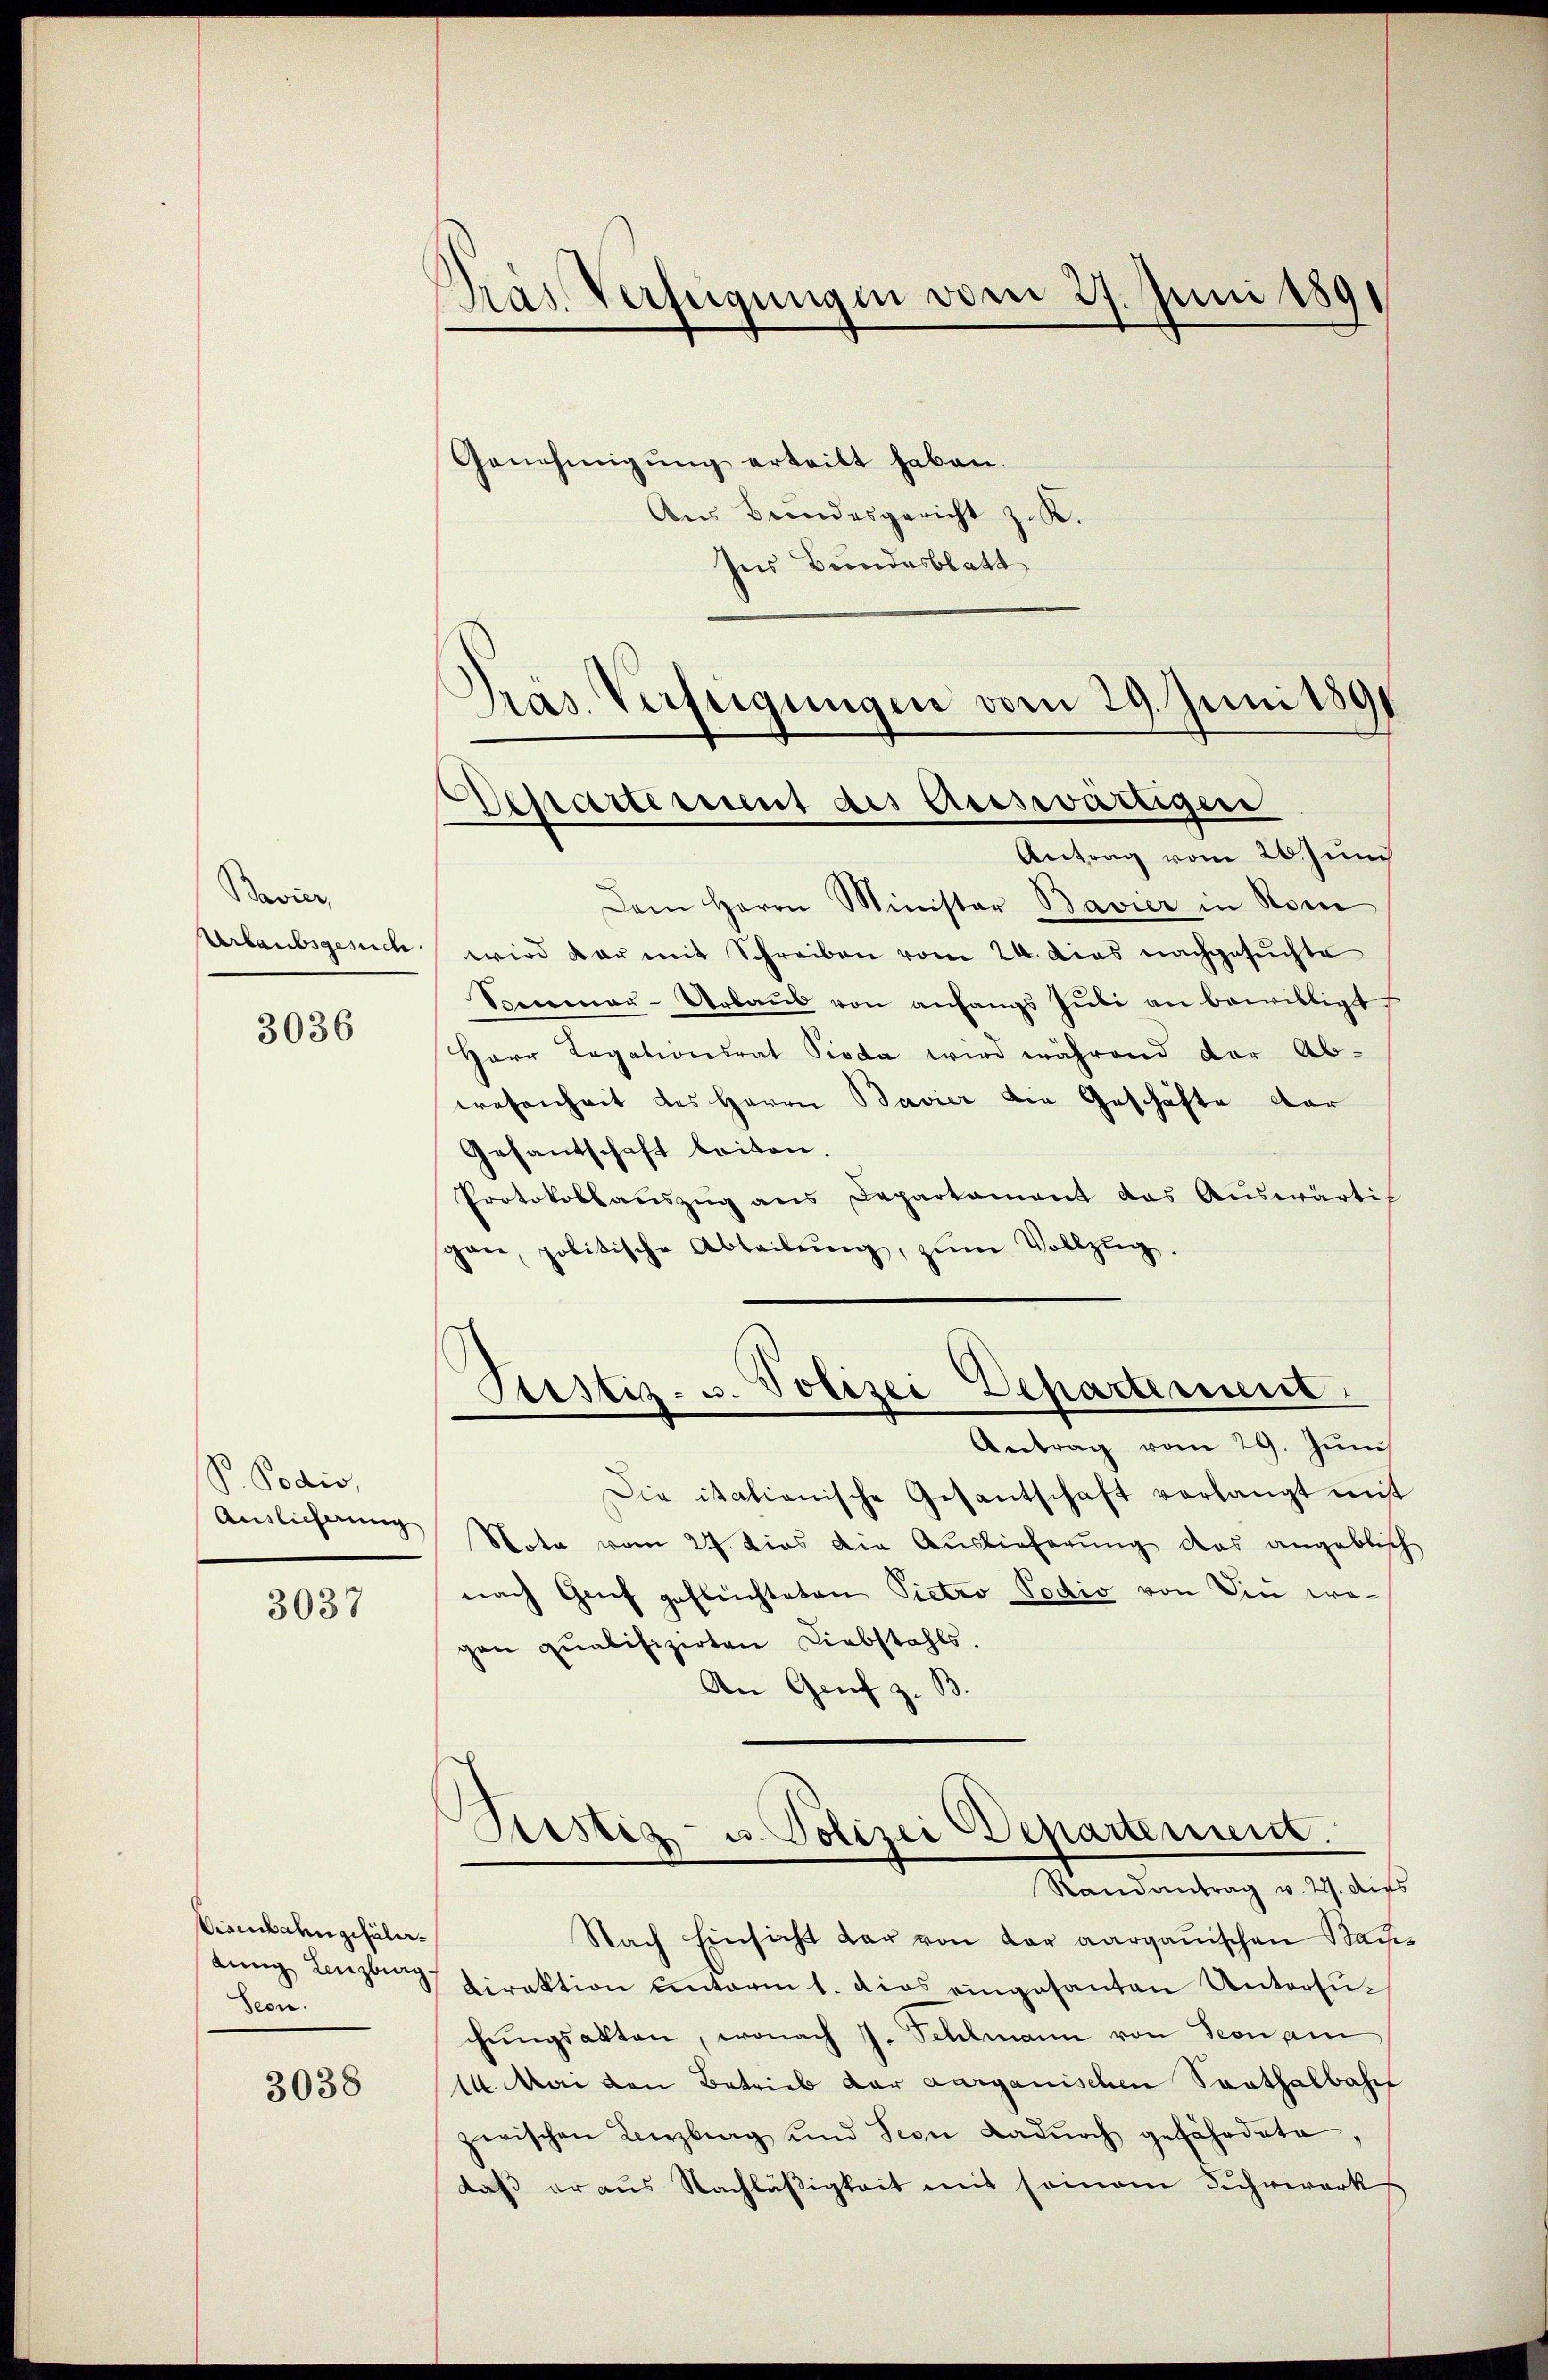
Bavier,
Urlaubsgesuch

3036

P. Podio,
Auslicherung

3037

Visenbahngefülerdung Lenzburg
Seon.

3038

Pras Verfügungen vom 27. Juni 189

Genehmigŭng erteilt haben.
Ans Bundesgericht z. K.
Ins Bundesblatt
Pras. Verfügungen vom 29. Juni 1891

Departement des Eineswärtiger
Antrag vom 26. und

d
Astiz- u. Polizei Departerint

Dem Herrn Minister Bavier in Rom
wird dar mit Schreiben vom 24. Dies nachgesuchte
Spenmar-Urbaŭs von anfangs Jŭli an bewilligt
Herr Rogationsrat Pioda wird während der Ab-
wesenheit des Herrn Bavier die Geschäfte dar
Gesantschaft beiten.
Protokollaŭszŭg ans Departament das Aŭswärtig
gan, politische Abteilŭng, zŭm Vollzŭg.
Antrag vom 29. Jŭni
Die italienische Gesantschaft verlangt mit
Nota vom 24. dies die Auslieferung das angeblich
nach Genf geflüchteten Pietro Podio von Din wegen qualifizirten Liebstahls.
An Genf z. B
Sistiz- u. Polizei Departement.
Randantrag v. 22. dies
Nach Einsicht dar von der aargauischen Baues
Direktion unterm 1. dies eingesanten Untersuchŭngsakten, wonach J. Schlmann von Seonam
14. Mai den Betrieb der aarganischen Santhalbahn
zwischen Leerztrag und sein Dadŭrch gefährdete
daß er aus Nachläßigkeit mit somam Fuhrwerk